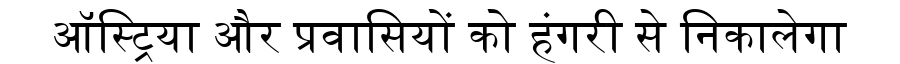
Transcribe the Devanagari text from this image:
ऑस्ट्रिया और प्रवासियों को हंगरी से निकालेगा